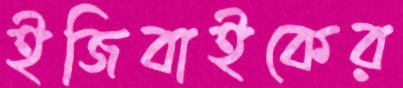
ইজিবাইকের